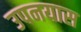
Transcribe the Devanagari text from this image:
उपनयास